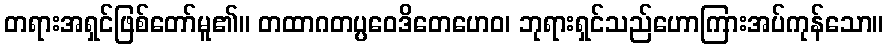
တရားအရှင်ဖြစ်တော်မူ၏။ တထာဂတပ္ပဝေဒိတေဟေဝ၊ ဘုရားရှင်သည်ဟောကြားအပ်ကုန်သော။